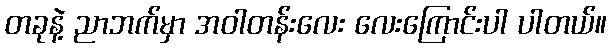
တခုနဲ့ ညာဘက်မှာ အဝါတန်းလေး လေးကြောင်းပါ ပါတယ်။